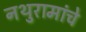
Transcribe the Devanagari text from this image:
नथुरामांचे